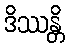
ဒိဿန္တိ